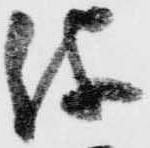
儀